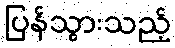
ပြန်သွားသည့်